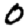
Digit: 0